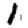
Digit: 1